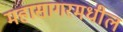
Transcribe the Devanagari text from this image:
महासागरमधील